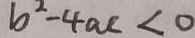
b ^ { 2 } - 4 a c < 0